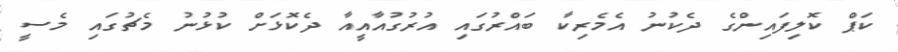
ކަޕް ކޮލިފައިންގެ ދެކުނު އެމެރިކާ ބައްރުގައި އުރުގުއާއީއާ ދެކޮޅަށް ކުޅުނު މެޗުގައި މެސީ